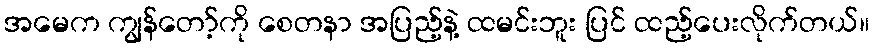
အမေက ကျွန်တော့်ကို စေတနာ အပြည့်နဲ့ ထမင်းဘူး ပြင် ထည့်ပေးလိုက်တယ်။